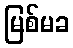
မြစ်မခ